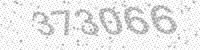
Solution: 373066